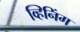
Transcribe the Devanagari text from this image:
व्हिनिंग